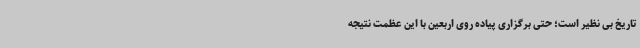
تاریخ بی نظیر است؛ حتی برگزاری پیاده روی اربعین با این عظمت نتیجه